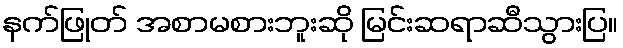
နက်ဖြုတ် အစာမစားဘူးဆို မြင်းဆရာဆီသွားပြ။